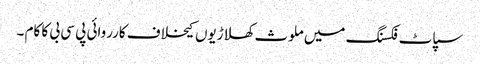
سپاٹ فکسنگ میں ملوث کھلاڑیوں کیخلاف کارروائی پی سی بی کا کام ۔